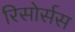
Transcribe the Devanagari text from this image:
रिसोर्सस